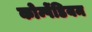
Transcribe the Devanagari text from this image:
कोम्पेंडियम